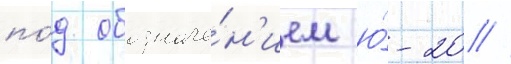
по́д обозначе́н'ием ю́-20 //